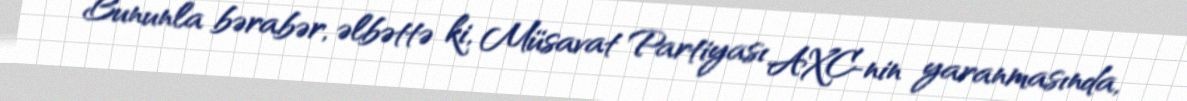
Bununla bərabər, əlbəttə ki, Müsavat Partiyası AXC-nin yaranmasında,